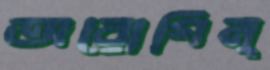
অরোগিন্